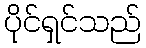
ပိုင်ရှင်သည်